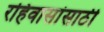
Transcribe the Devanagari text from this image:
रहिवासांसाठी